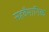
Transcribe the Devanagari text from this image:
सहवैमानिक